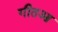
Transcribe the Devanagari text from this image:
गीतआ